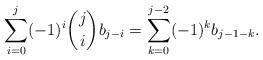
LaTeX: \begin{align*}\sum_{i=0}^j (-1)^i \binom{j}{i}b_{j-i}=\sum_{k=0}^{j-2}(-1)^k b_{j-1-k}.\end{align*}